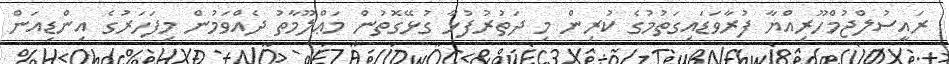
ރައީސުލްޖުމްހޫރިއްޔާ ފުރާވަޑައިގަތުމުގެ ކުރިން މި ދަތުރުފުޅާ ގުޅޭގޮތުން މަޢްލޫމާތު ދެއްވަމުން މިފަހަރުގެ އިންޑިއަން